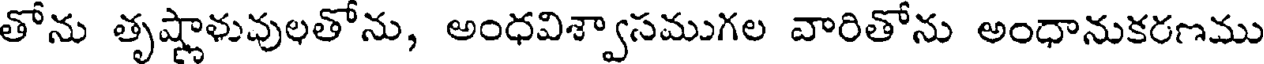
తోను తృష్ణాళువులతోను, అంధవిశ్వాసముగల వారితోను అంధానుకరణము